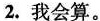
2.我会算。